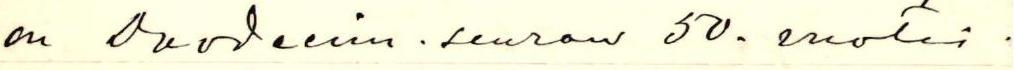
on Duodecim-seuran 50-vuoris-